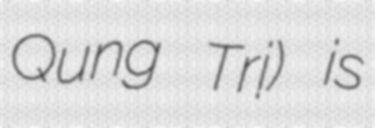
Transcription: Quảng Trị) is